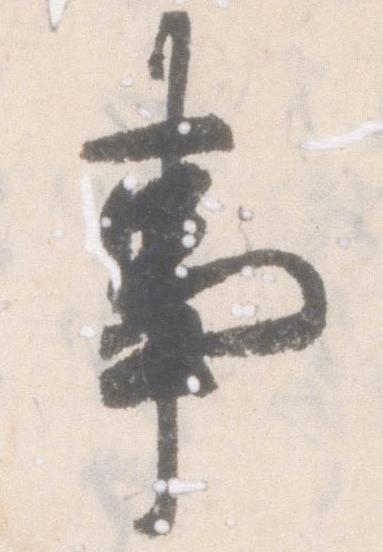
事